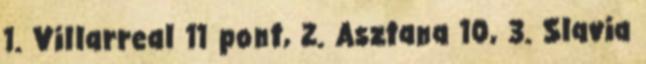
1. Villarreal 11 pont, 2. Asztana 10, 3. Slavia